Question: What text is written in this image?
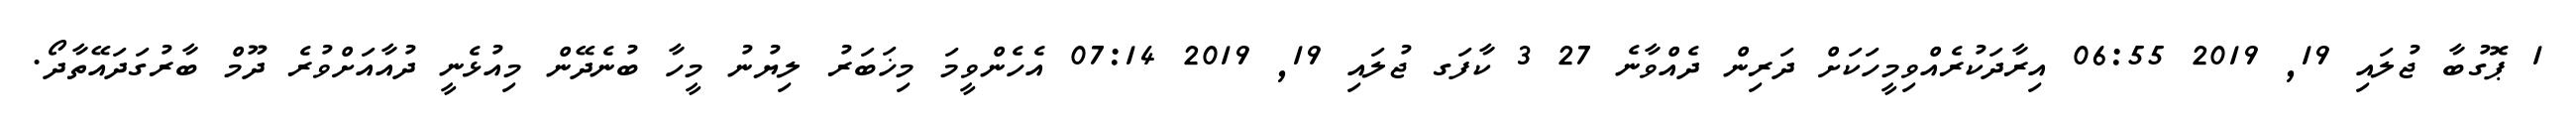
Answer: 1 ޕޮގުބާ ޖުލައި 19, 2019 06:55 އިރާދަކުރެއްވިމީހަކަށް ދަރިން ދެއްވާނެ 27 3 ކާފަގ ޖުލައި 19, 2019 07:14 އެހެންވީމަ މިޚަބަރު ލިޔުނު މީހާ ބުނެދޭން މިއުޅެނީ ދުއާއަށްވުރެ ދޫމް ބާރުގަދައޭތާދޯ.